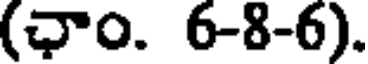
(ఛాం. 6-8-6).